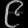
Digit: ၉